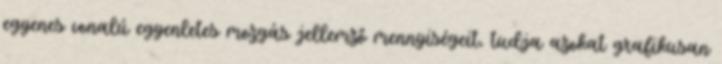
egyenes vonalú egyenletes mozgás jellemző mennyiségeit, tudja azokat grafikusan